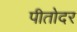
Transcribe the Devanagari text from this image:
पीतोदर